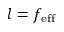
l = f _ { \mathrm { e f f } }